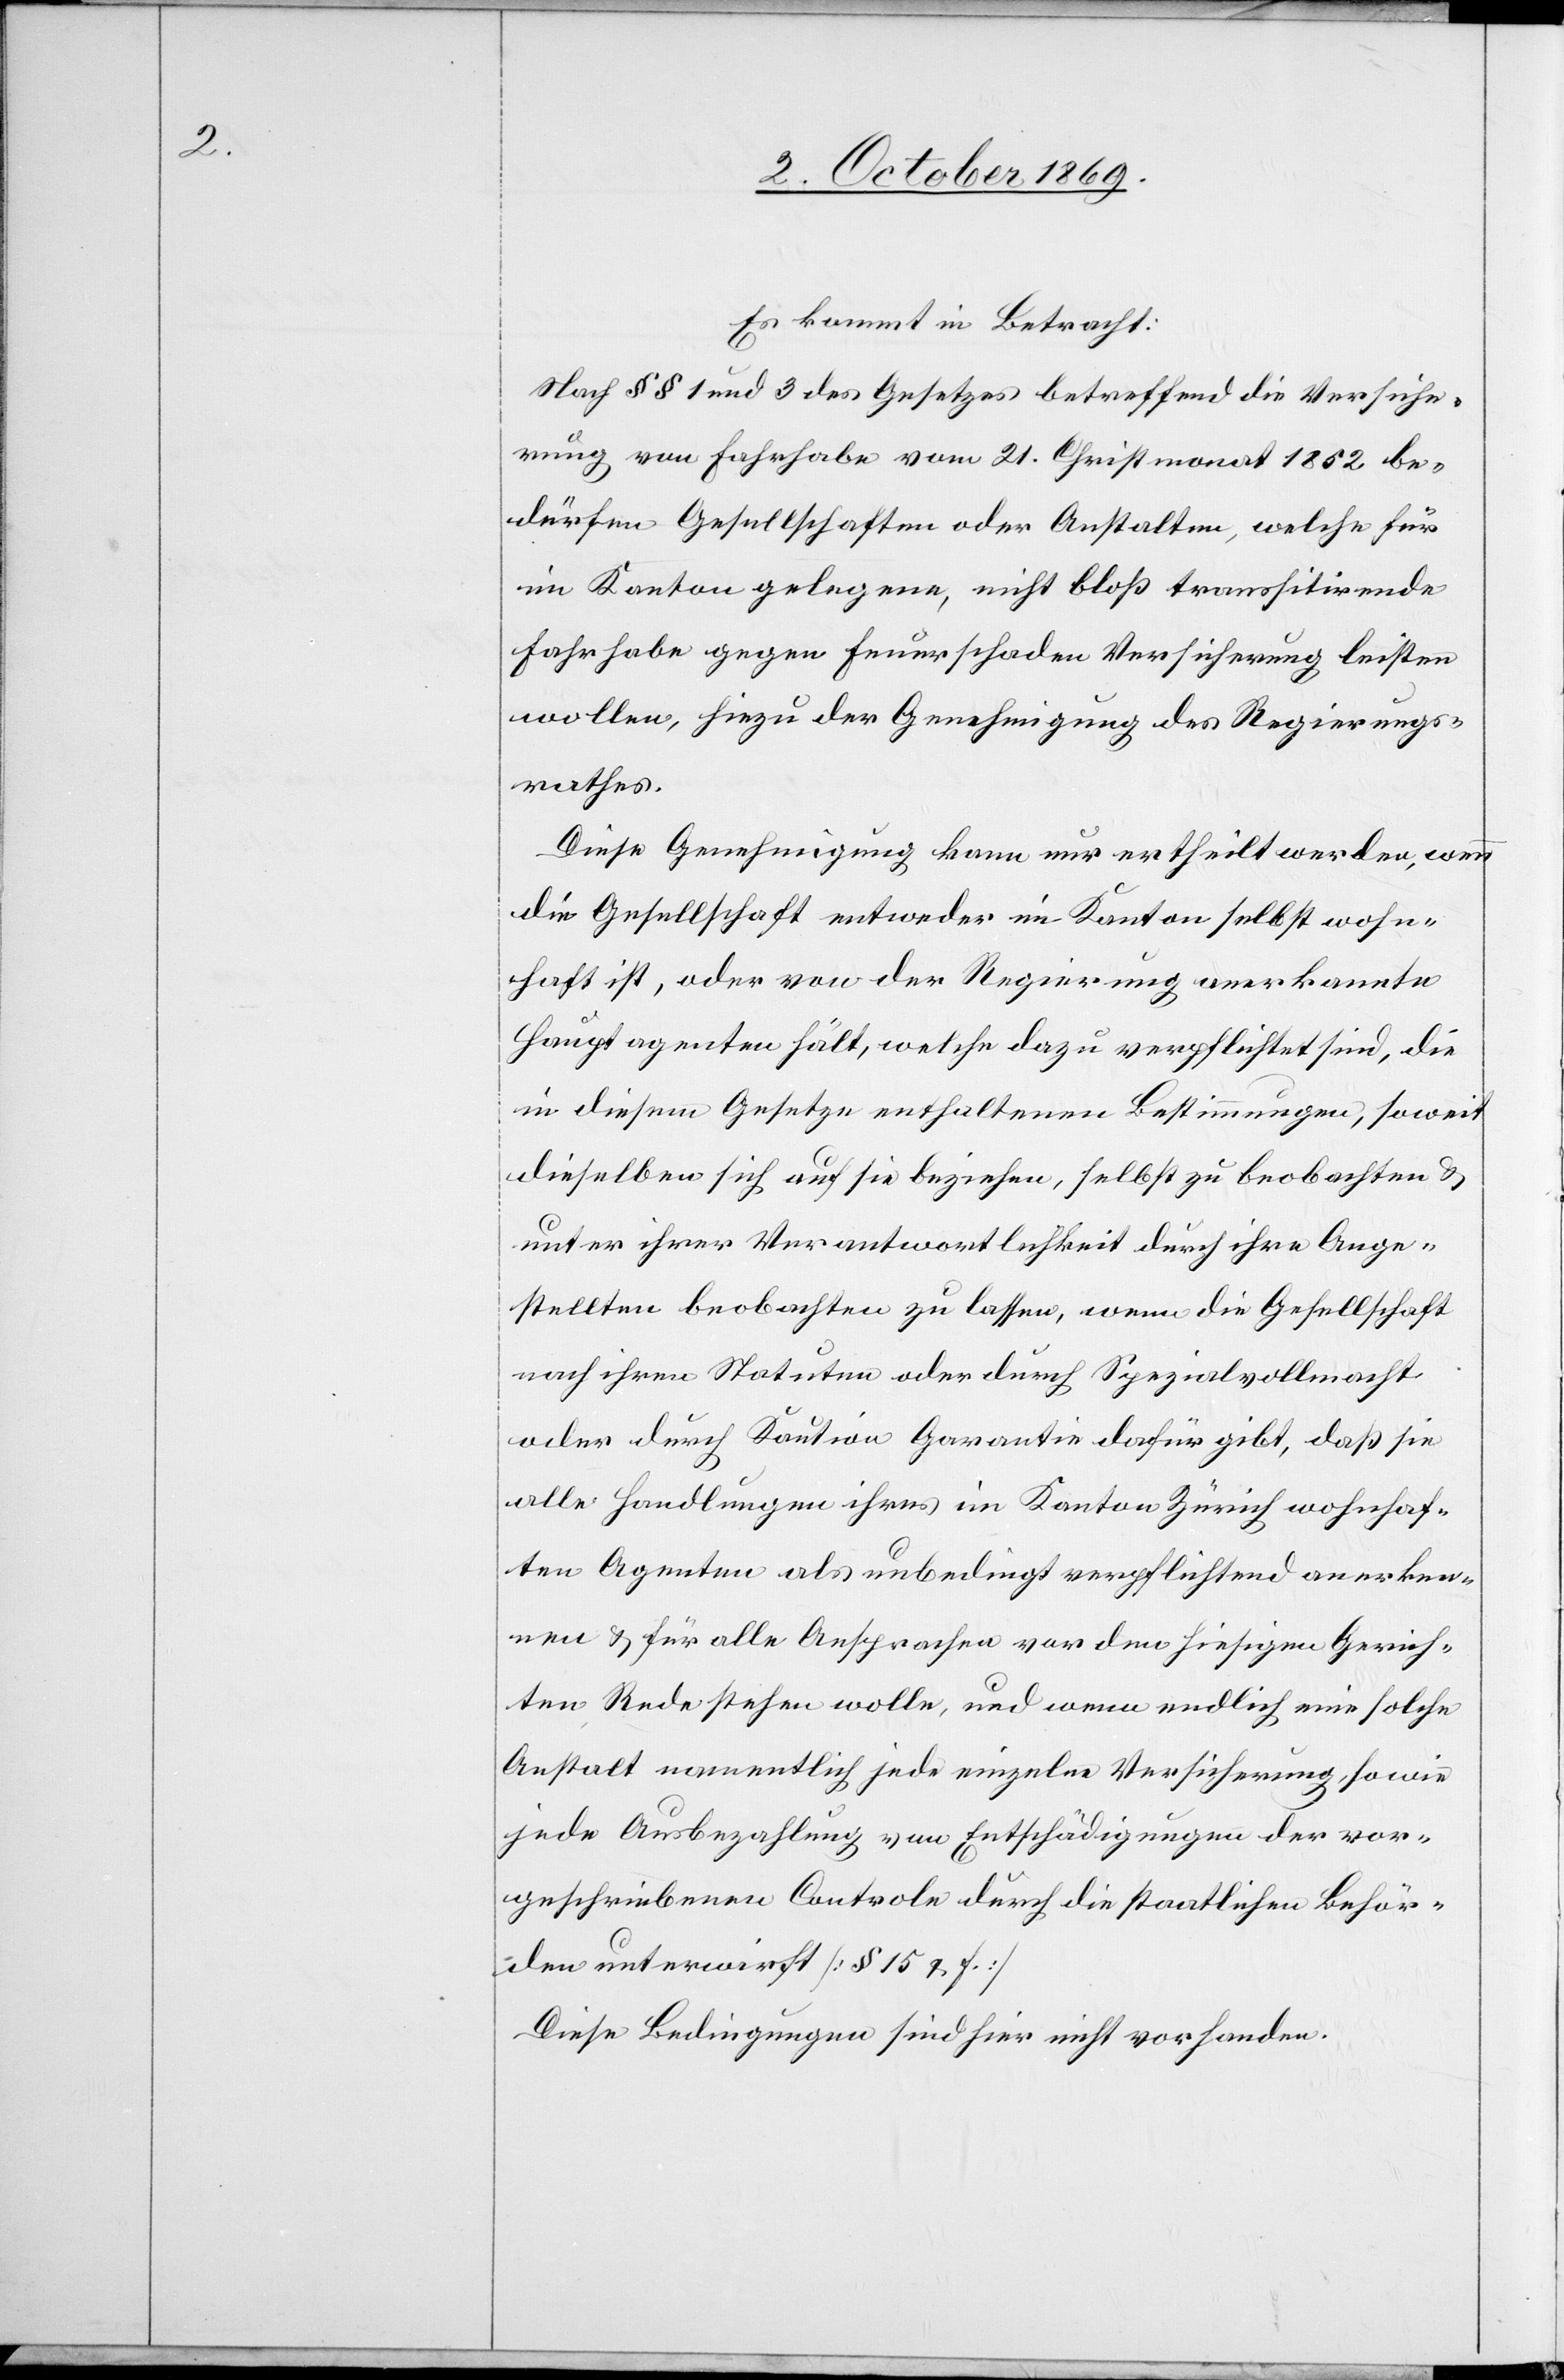
Es kommt in Betracht:
Nach §§ 1 und 3 des Gesetzes betreffend die Versiche¬
rung von Fahrhabe vom 21. Christmonat 1852 be¬
dürfen Gesellschaften oder Anstalten, welche für
im Kanton gelegene, nicht bloß transsitirende
Fahrhabe gegen Feuerschaden Versicherung leisten
wollen, hiezu der Genehmigung des Regierungs¬
rathes.
Diese Genehmigung kann nur ertheilt werden, wenn
die Gesellschaft entweder im Kanton selbst wohn¬
haft ist, oder von der Regierung anerkannte
Hauptagenten hält, welche dazu verpflichtet sind, die
in diesem Gesetze enthaltenen Bestimmungen, soweit
dieselben sich auf sie beziehen, selbst zu beobachten &
unter ihrer Verantwortlichkeit durch ihre Ange¬
stellten beobachten zu lassen, wenn die Gesellschaft
nach ihren Statuten oder durch Spezialvollmacht
oder durch Kaution Garantie dafür gibt, daß sie
alle Handlungen ihres im Kanton Zürich wohnhaf¬
ten Agenten als unbedingt verpflichtend anerken¬
nen & für alle Ansprachen vor den hiesigen Gerich¬
ten Rede stehen wolle, und wenn endlich eine solche
Anstalt namentlich jede einzelne Versicherung, so wie
jede Ausbezahlung von Entschädigungen der vor¬
geschriebenen Controle durch die staatlichen Behör¬
den unterwirft [§ 15 & f.]
Diese Bedingungen sind hier nicht vorhanden.